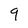
Character: 9